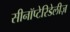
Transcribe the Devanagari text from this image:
सीनॉप्टेरिडेलीज़